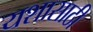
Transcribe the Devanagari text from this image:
यशासाठी